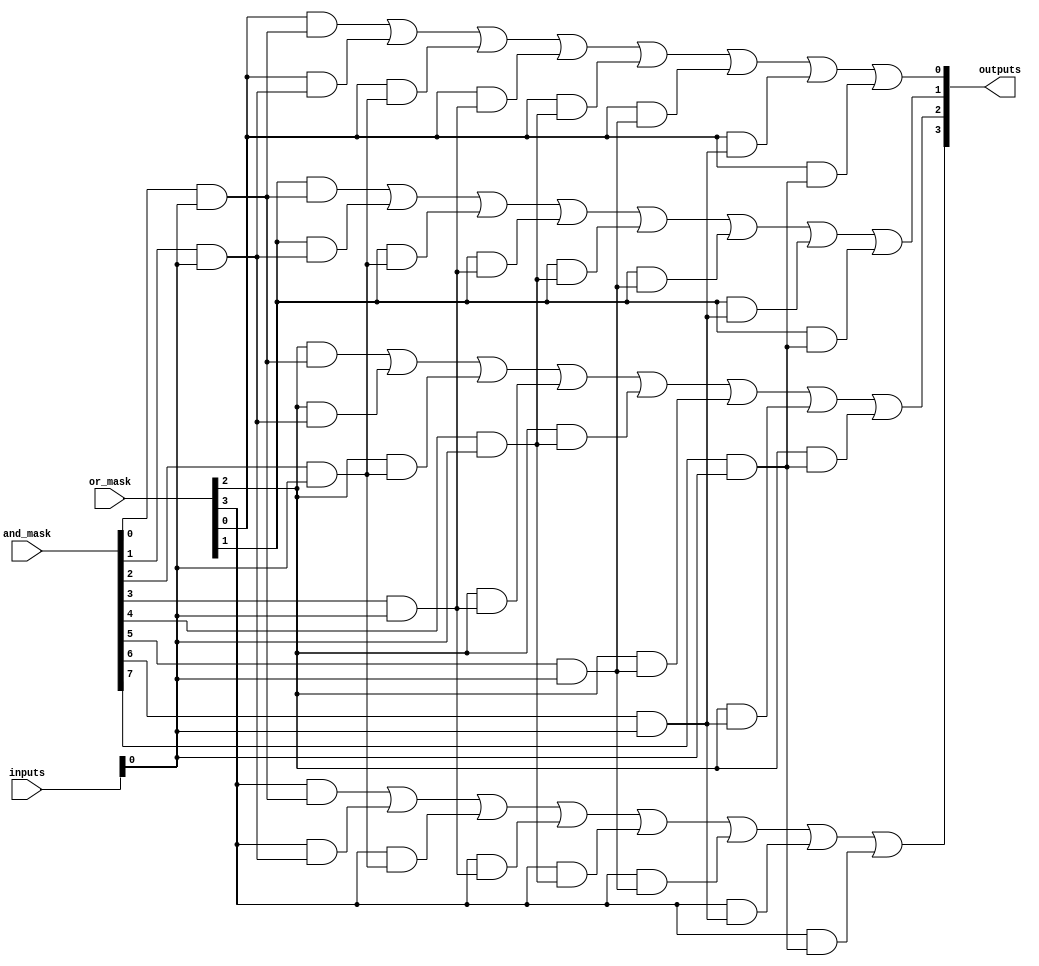
module programmable_logic_array (
    input wire [3:0] inputs,         // 4 input signals
    input wire [7:0] and_mask,       // Programmable AND gate mask
    input wire [3:0] or_mask,         // Programmable OR gate mask
    output wire [3:0] outputs         // 4 output signals
);

// Internal signals for product terms
wire [7:0] product_terms;

// AND Plane: Generate product terms based on inputs and AND mask
genvar i, j;
generate
    for (i = 0; i < 8; i = i + 1) begin : and_gates
        assign product_terms[i] = (and_mask[i] & inputs[0]) |
                                   (and_mask[i] & inputs[1] << 1) |
                                   (and_mask[i] & inputs[2] << 2) |
                                   (and_mask[i] & inputs[3] << 3);
    end
endgenerate

// OR Plane: Combine product terms based on OR mask
generate
    for (j = 0; j < 4; j = j + 1) begin : or_gates
        assign outputs[j] = (or_mask[j] & product_terms[0]) |
                            (or_mask[j] & product_terms[1]) |
                            (or_mask[j] & product_terms[2]) |
                            (or_mask[j] & product_terms[3]) |
                            (or_mask[j] & product_terms[4]) |
                            (or_mask[j] & product_terms[5]) |
                            (or_mask[j] & product_terms[6]) |
                            (or_mask[j] & product_terms[7]);
    end
endgenerate

endmodule